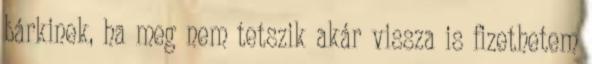
bárkinek, ha meg nem tetszik akár vissza is fizethetem